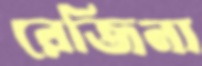
রেজিনা